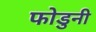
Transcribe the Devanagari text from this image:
फोडुनी